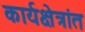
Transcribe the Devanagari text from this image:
कार्यक्षेत्रांत